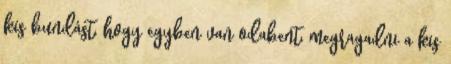
kis bundást, hogy egyben van odabent, megragadni a kis